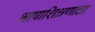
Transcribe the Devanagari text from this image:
भाषाशिक्षणाचा